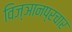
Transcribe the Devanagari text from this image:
विज्ञानप्रचार